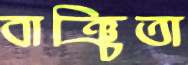
বাঞ্চিতা